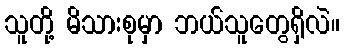
သူတို့ မိသားစုမှာ ဘယ်သူတွေရှိလဲ။